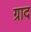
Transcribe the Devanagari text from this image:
ग्राद